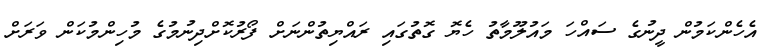
އެހެންކަމުން ދީނުގެ ސައްހަ މައުލޫމާތު ހެޔޮ ގޮތުގައި ރައްޔިތުންނަށް ފޯރުކޮށްދިނުމުގެ މުހިންމުކަން ވަރަށް